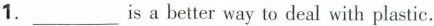
1.___is a better way to deal with plastic.